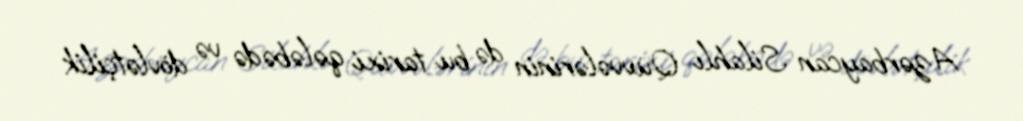
Azərbaycan Silahlı Qüvvələrinin də bu tarixi qələbədə və dövlətçilik